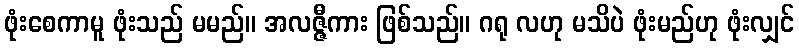
ဖုံးစေကာမူ ဖုံးသည် မမည်။ အလဇ္ဇီကား ဖြစ်သည်။ ဂရု လဟု မသိပဲ ဖုံးမည်ဟု ဖုံးလျှင်